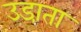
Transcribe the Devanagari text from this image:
उडा़ता